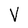
Character: V